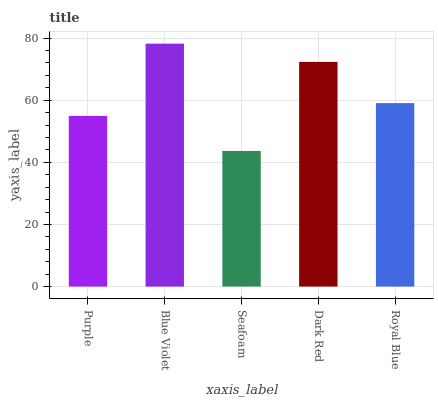
| xaxis_label | bars |
 | --- | --- |
 | Purple | 54.9 |
 | Blue Violet | 78.2 |
 | Seafoam | 43.7 |
 | Dark Red | 72.3 |
 | Royal Blue | 59 |